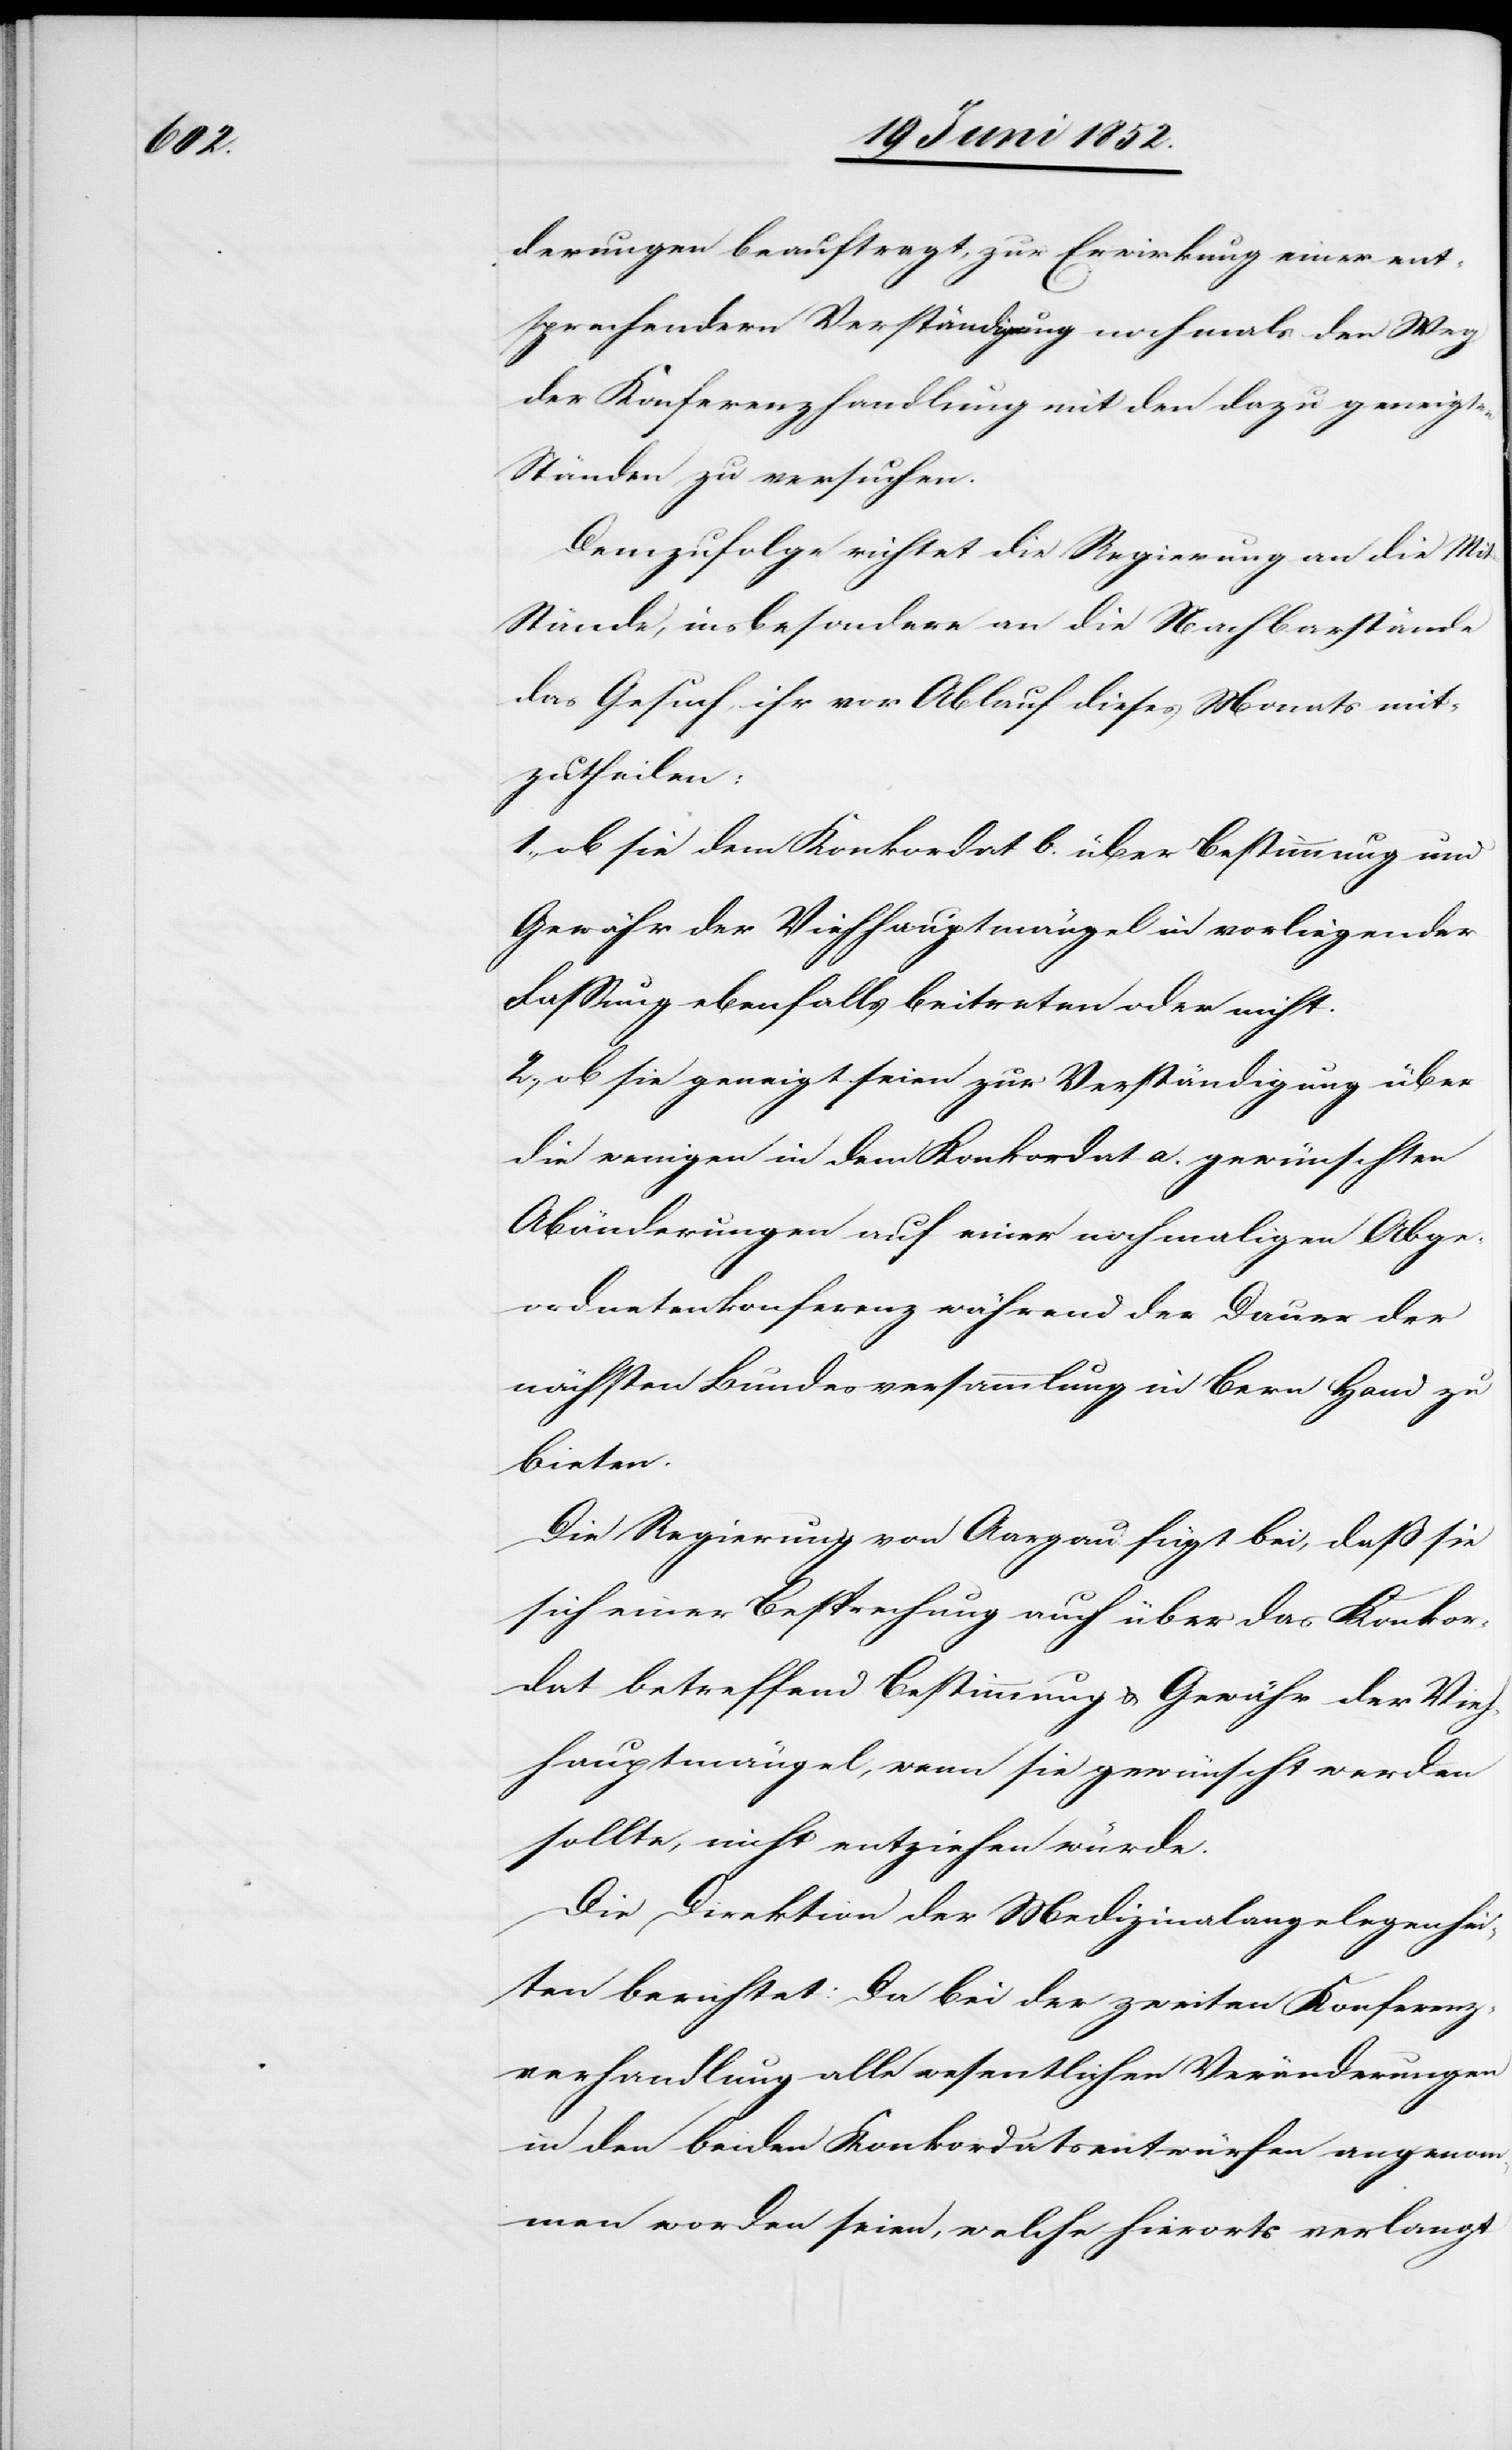
derungen beauftragt, zur Erwirkung einer ents¬
prechendern Verständigung nochmals den Weg
der Konferenzhandlung mit den dazu geneigten
Ständen zu versuchen.
Demzufolge richtet die Regierung an die Mi¬
t-Stände, insbesondere an die Nachbarstände
das Gesuch, ihr vor Ablauf dieses Monats mit¬
zutheilen:
1., ob sie dem Konkordat b. über Bestimmung und
Gewähr der Viehhauptmängel in vorliegender
Fassung ebenfalls beitreten oder nicht.
2., ob sie geneigt seien zur Verständigung über
die wenigen in dem Konkordat a. gewünschten
Abänderungen auf einer nochmaligen Abge¬
ordnetenkonferenz während der Dauer der
nächsten Bundesversammlung in Bern Hand zu
bieten.
Die Regierung von Aargau fügt bei, daß sie
sich einer Besprechung auch über das Konkor¬
dat betreffend Bestimmung & Gewähr der Vieh¬
hauptmängel, wenn sie gewünscht werden
sollte, nicht entziehen würde.
Die Direktion der Medizinalangelegenhei¬
ten berichtet: Da bei der zweiten Konferenz¬
verhandlung alle wesentlichen Veränderungen
in den beiden Konkordatsentwürfen angenom¬
men worden seien, welche hierorts verlangt